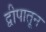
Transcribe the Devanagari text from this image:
द्वीपातून